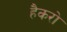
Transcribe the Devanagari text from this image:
हैकरो